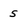
Character: s